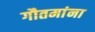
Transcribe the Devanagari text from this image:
गौतमांना